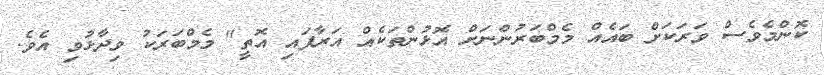
ކޮންމެވެސް ވަރަކަށް ބައެއް މެމްބަރުންނަށް އޮޅުންތަކެއް އަރާފައި އޮތީ" މެމްބަރަކު ވިދާޅުވި އެވެ.